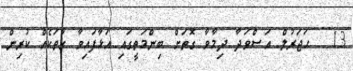
13 . ޙަޖަރުލް އަސްވަދާ ދިމާވާ ގޮތަށް ބިންމަތީގައި އަޅާފައިވާ ގާތަކެއް ކުރިން